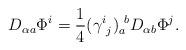
LaTeX: \begin{align*}D_{\alpha a }\Phi^{i}={\frac{1}{4}}(\gamma^{i}_{\ j})_{ a }^{\ b }D_{\alpha b }\Phi^{j}.\end{align*}